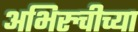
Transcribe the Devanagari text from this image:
अभिरुचीच्या